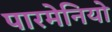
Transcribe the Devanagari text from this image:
पारमेनियो